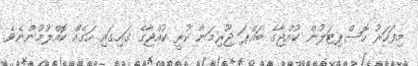
މިފަހަރު ހޮސްޕިޓަލުން ކުއްޖާގެ ބައްޕަ ޖޫރިމަނާ ކުރީ ކުއްޖާގެ ގައިގައި ހަގެއް ކޮއްލުމުންނެވެ.